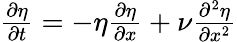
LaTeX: \begin{array}{r}{\frac{\partial\eta}{\partial t}=-\eta\frac{\partial\eta}{\partial x}+\nu\frac{\partial^{2}\eta}{\partial x^{2}}}\end{array}